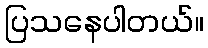
ပြသနေပါတယ်။